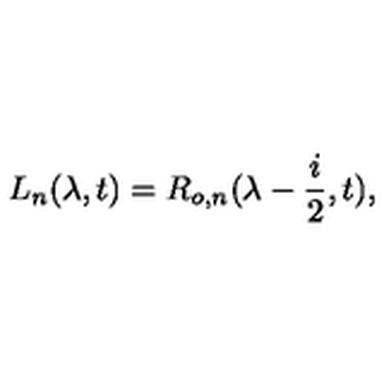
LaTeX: L _ { n } ( \lambda , t ) = R _ { o , n } ( \lambda - \frac { i } { 2 } , t ) ,